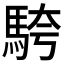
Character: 𩣔